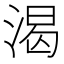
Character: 渴